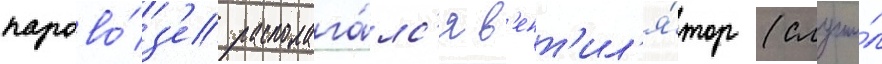
парово́з'е располага́лс'я в'ент'ил'я́тор (служи́л